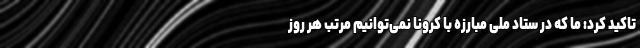
تاکید کرد: ما که در ستاد ملی مبارزه با کرونا نمی‌توانیم مرتب هر روز